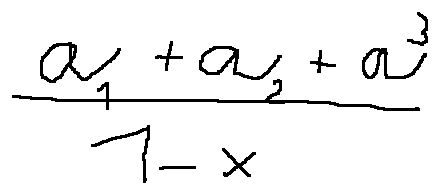
\frac { a _ { 1 } + a _ { 2 } + a ^ { 3 } } { 1 - x }